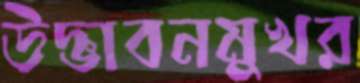
উদ্ভাবনমুখর